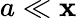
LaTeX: a\ll\mathbf{x}